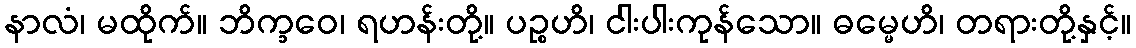
နာလံ၊ မထိုက်။ ဘိက္ခဝေ၊ ရဟန်းတို့။ ပဉ္စဟိ၊ ငါးပါးကုန်သော။ ဓမ္မေဟိ၊ တရားတို့နှင့်။